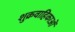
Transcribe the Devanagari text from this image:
शुक्रवाहिकाओं